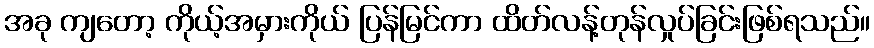
အခု ကျတော့ ကိုယ့်အမှားကိုယ် ပြန်မြင်ကာ ထိတ်လန့်တုန်လှုပ်ခြင်းဖြစ်ရသည်။